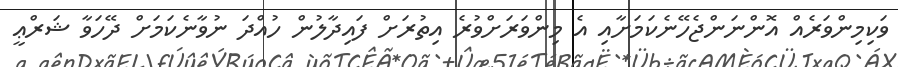
ވަކިމިންވަރެއް އޮންނަންޖެހޭނެކަމަށާއި އެ މިންވަރަށްވުރެ އިތުރަށް ފައިދާލުން ހުއްދަ ނުވާނެކަމަށް ދޭހަވާ ޝަރްޢީ